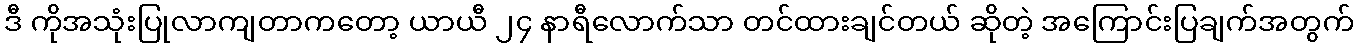
ဒီ ကိုအသုံးပြုလာကျတာကတော့ ယာယီ ၂၄ နာရီလောက်သာ တင်ထားချင်တယ် ဆိုတဲ့ အကြောင်းပြချက်အတွက်